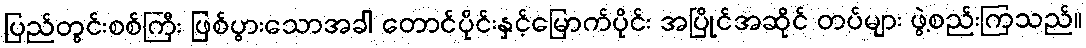
ပြည်တွင်းစစ်ကြီး ဖြစ်ပွားသောအခါ တောင်ပိုင်းနှင့်မြောက်ပိုင်း အပြိုင်အဆိုင် တပ်များ ဖွဲ့စည်းကြသည်။